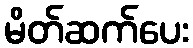
မိတ်ဆက်ပေး